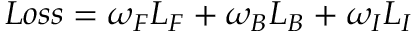
L o s s = { \omega _ { \cal F } } { L _ { \cal F } } + { \omega _ { \cal B } } { L _ { \cal B } } + { \omega _ { \cal I } } { L _ { \cal I } }